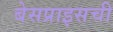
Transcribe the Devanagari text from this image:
बेसप्राइसची